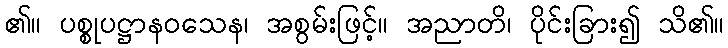
၏။ ပစ္စုပဋ္ဌာနဝသေန၊ အစွမ်းဖြင့်။ အညာတိ၊ ပိုင်းခြား၍ သိ၏။